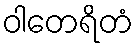
ဝါတေရိတံ